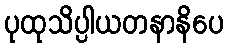
ပုထုသိပ္ပါယတနာနိပေ